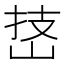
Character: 𪨵